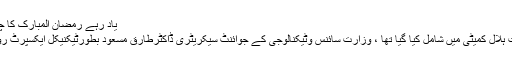
یاد رہے رمضان المبارک کا چاند دیکھنے کیلئے پاکستان کی
پہلی باروزارت سائنس کورویت ہلال کمیٹی میں شامل کیا گیا تھا ، وزارت سائنس وٹیکنالوجی کے جوائنٹ سیکریٹری ڈاکٹرطارق مسعود بطورٹیکنیکل ایکسپرٹ رویت ہلال کمیٹی کا حصہ تھے۔